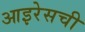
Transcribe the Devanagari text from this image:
आइरेसची